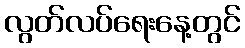
လွတ်လပ်ရေးနေ့တွင်